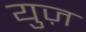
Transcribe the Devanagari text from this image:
युज़